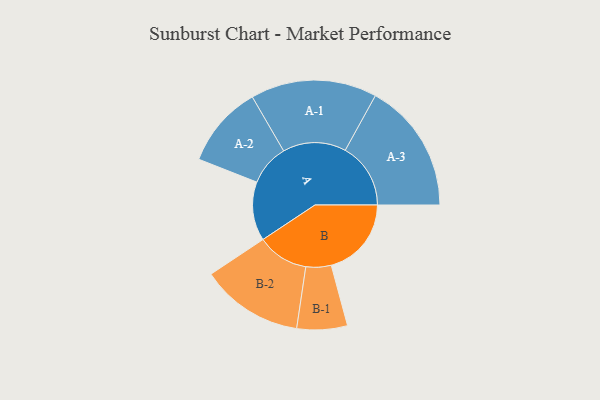
{"axis": {"x": "Segment", "y": "Value"}, "legend": ["", "A", "B"], "data": [{"x": "A", "y": 264, "type": ""}, {"x": "B", "y": 359, "type": ""}, {"x": "A-1", "y": 283, "type": "A"}, {"x": "A-2", "y": 184, "type": "A"}, {"x": "A-3", "y": 293, "type": "A"}, {"x": "B-1", "y": 113, "type": "B"}, {"x": "B-2", "y": 230, "type": "B"}]}